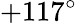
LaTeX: +117^{\circ}